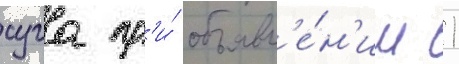
суга пр'и́ объявл'е́н'ии 1